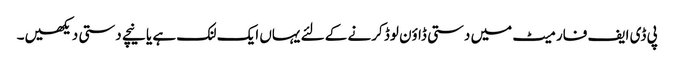
پی ڈی ایف فارمیٹ میں دستی ڈاؤن لوڈ کرنے کے لئے یہاں ایک لنک ہے یا نیچے دستی دیکھیں۔